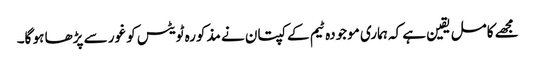
مجھے کامل یقین ہے کہ ہماری موجودہ ٹیم کے کپتان نے مذکورہ ٹویٹس کو غور سے پڑھا ہو گا۔